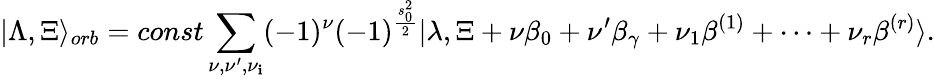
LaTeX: |\Lambda,\Xi\rangle_{orb}=const\sum_{\nu,\nu^{\prime},\nu_{\mathbf{i}}}(-1)^{\nu}(-1)^{\frac{{s_{0}^{2}}}{{2}}}|\lambda,\Xi+\nu\beta_{0}+\nu^{\prime}\beta_{\gamma}+\nu_{1}\beta^{(1)}+\dots+\nu_{r}\beta^{(r)}\rangle.